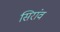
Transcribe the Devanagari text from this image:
सिरांव